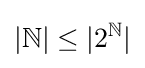
|{\mathbb {N} }|\leq |2^{\mathbb {N} }|